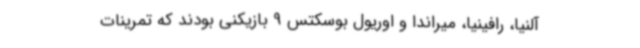
آلنیا، رافینیا، میراندا و اوریول بوسکتس 9 بازیکنی بودند که تمرینات